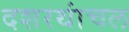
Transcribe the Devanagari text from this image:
दशरथांचल